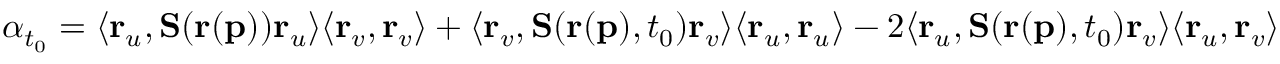
\alpha _ { t _ { 0 } } = \langle \mathbf { r } _ { u } , \mathbf { S } ( \mathbf { r } ( \mathbf { p } ) ) \mathbf { r } _ { u } \rangle \langle \mathbf { r } _ { v } , \mathbf { r } _ { v } \rangle + \langle \mathbf { r } _ { v } , \mathbf { S } ( \mathbf { r } ( \mathbf { p } ) , t _ { 0 } ) \mathbf { r } _ { v } \rangle \langle \mathbf { r } _ { u } , \mathbf { r } _ { u } \rangle - 2 \langle \mathbf { r } _ { u } , \mathbf { S } ( \mathbf { r } ( \mathbf { p } ) , t _ { 0 } ) \mathbf { r } _ { v } \rangle \langle \mathbf { r } _ { u } , \mathbf { r } _ { v } \rangle